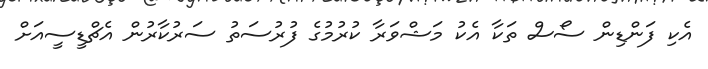
އެކި ފަންޑިން ސޯސް ތަކާ އެކު މަޝްވަރާ ކުރުމުގެ ފުރުސަތު ސަރުކާރުން އެޗްޑީސީއަށް